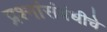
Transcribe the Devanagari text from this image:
प्रश्नांसंबंधीचे